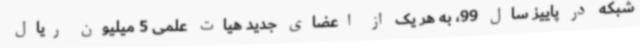
شبکه در پاییز سال 99، به هر یک از اعضای جدید هیات علمی 5 میلیون ریال